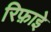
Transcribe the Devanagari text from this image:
रिफ़ाइे